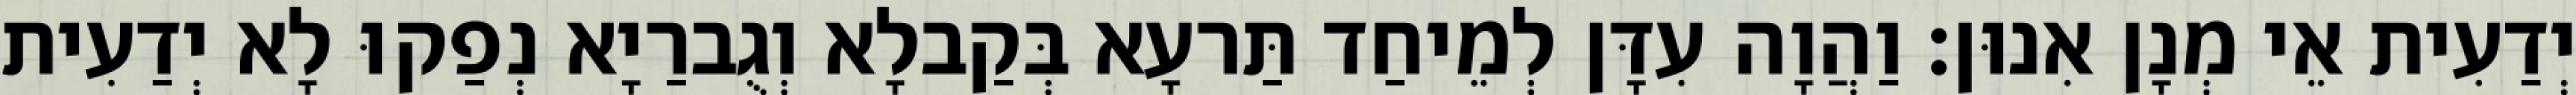
יְדַעִית אֵי מְנָן אִנוּן׃ וַהֲוָה עִדָּן לְמֵיחַד תַּרעָא בְּקַבלָא וְגֻברַיָא נְפַקוּ לָא יְדַעִית